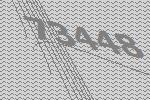
73448